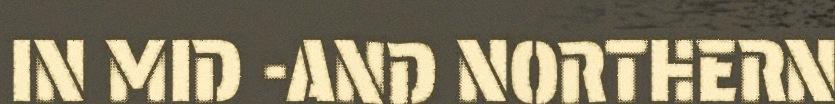
IN MID -AND NORTHERN